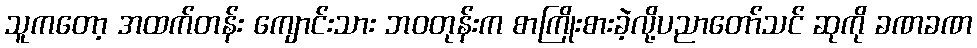
သူကတော့ အထက်တန်း ကျောင်းသား ဘဝတုန်းက စာကြိုးစားခဲ့လို့ပညာတော်သင် ဆုကို ခဏခဏ